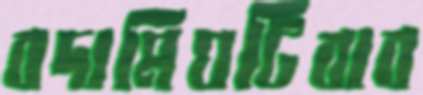
বদামিঘটিবাব